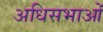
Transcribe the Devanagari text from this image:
अधिसभाओं